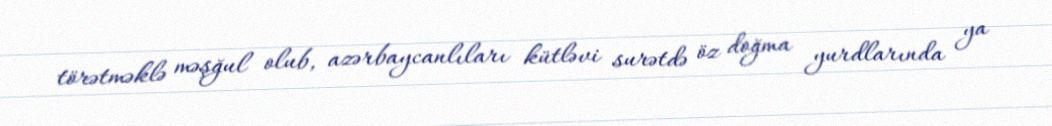
törətməklə məşğul olub, azərbaycanlıları kütləvi surətdə öz doğma yurdlarında ya